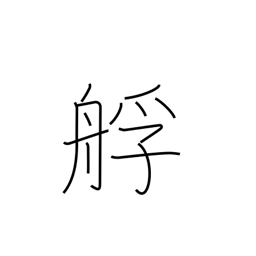
Meaning: lighter